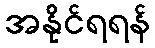
အနိုင်ရရန်